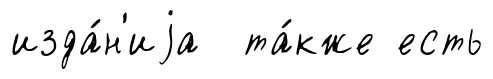
изда́н'иjа та́кже есть